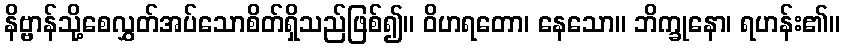
နိဗ္ဗာန်သို့စေလွှတ်အပ်သောစိတ်ရှိသည်ဖြစ်၍။ ဝိဟရတော၊ နေသော။ ဘိက္ခုနော၊ ရဟန်း၏။